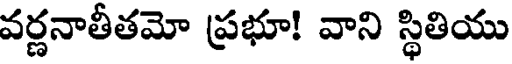
వర్ణనాతీతమో ప్రభూ! వాని స్థితియు